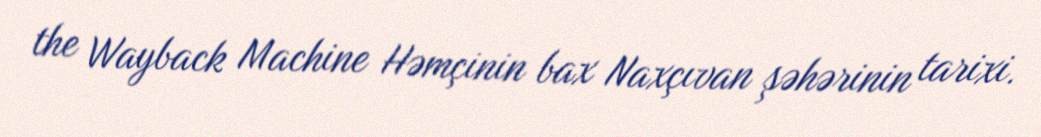
the Wayback Machine Həmçinin bax Naxçıvan şəhərinin tarixi.